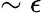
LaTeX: \sim\epsilon